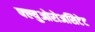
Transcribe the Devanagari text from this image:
फ्ल्युओरोअसिटेट